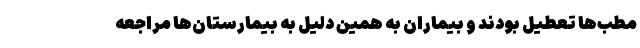
مطب‌ها تعطیل بودند و بیماران به همین دلیل به بیمارستان‌ها مراجعه